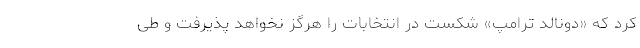
کرد که «دونالد ترامپ» شکست در انتخابات را هرگز نخواهد پذیرفت و طی